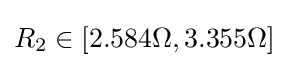
R_{2}\in [2.584\Omega ,3.355\Omega ]